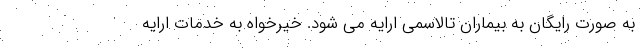
به صورت رایگان به بیماران تالاسمی ارایه می شود. خیرخواه به خدمات ارایه